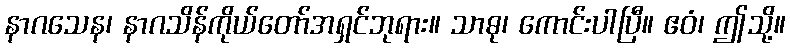
နာဂသေန၊ နာဂသိန်ကိုယ်တော်အရှင်ဘုရား။ သာဓု၊ ကောင်းပါပြီ။ ဧဝံ၊ ဤသို့။